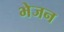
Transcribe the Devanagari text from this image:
भेजन